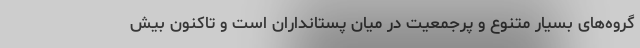
گروه‌های بسیار متنوع و پرجمعیت در میان پستانداران است و تاکنون بیش